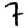
Digit: 7